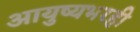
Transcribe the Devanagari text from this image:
आयुष्यभरही